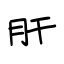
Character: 肝